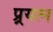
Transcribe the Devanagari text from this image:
प्र्रयत्न